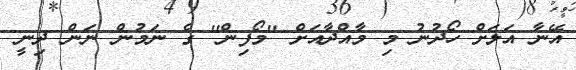
އޭނާ އަލަށް ހޯދުނު މި މާއްދާއަށް ''މޯފިން'' ގެ ނަމުން ނަން ދިނީ